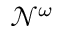
{ \mathcal { N } } ^ { \omega }